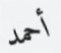
أحمد